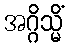
အဂ္ဂိသ္မိံ